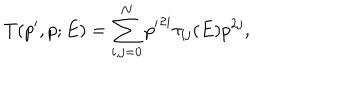
T ( p ^ { \prime } , p ; E ) = \sum _ { i , j = 0 } ^ { N } { p ^ { \prime } } ^ { 2 i } \tau _ { i j } ( E ) p ^ { 2 j } ,